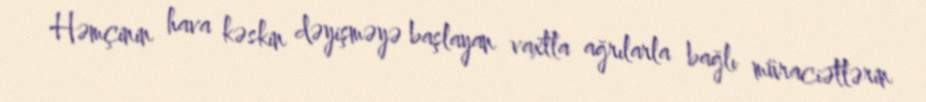
Həmçinin hava kəskin dəyişməyə başlayan vaxtla ağrılarla bağlı müraciətlərin